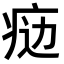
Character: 𤶒